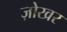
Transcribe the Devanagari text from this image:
ज़ोखर